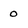
Character: 0